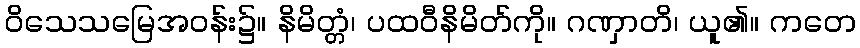
ဝိသေသမြေအဝန်း၌။ နိမိတ္တံ၊ ပထဝီနိမိတ်ကို။ ဂဏှာတိ၊ ယူ၏။ ကတေ